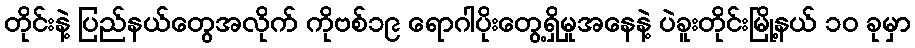
တိုင်းနဲ့ ပြည်နယ်တွေအလိုက် ကိုဗစ်၁၉ ရောဂါပိုးတွေ့ရှိမှုအနေနဲ့ ပဲခူးတိုင်းမြို့နယ် ၁၀ ခုမှာ